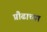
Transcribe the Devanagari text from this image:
प्रौढाच्या